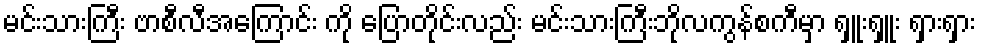
မင်းသားကြီး ဗာစီလီအကြောင်း ကို ပြောတိုင်းလည်း မင်းသားကြီးဘိုလကွန်စကီမှာ ရှူးရှူး ရှားရှား